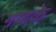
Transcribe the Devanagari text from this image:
गणके